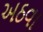
અઠવા